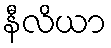
နီလိယာ